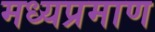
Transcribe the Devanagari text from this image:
मध्यप्रमाण